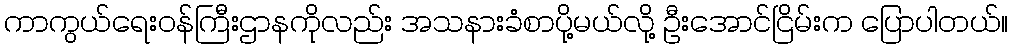
ကာကွယ်ရေးဝန်ကြီးဌာနကိုလည်း အသနားခံစာပို့မယ်လို့ ဦးအောင်ငြိမ်းက ပြောပါတယ်။